Report on vaccination in the Province of Bengal - 1874-1889
Year: 1874
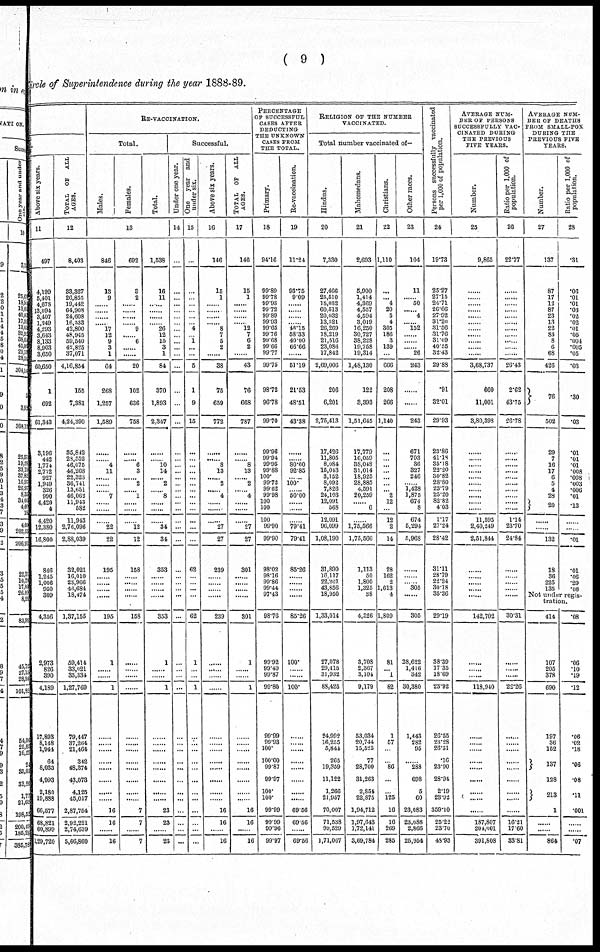
( 9 )
Circle of Superintendence during the year 1888-89.
Above six years.
11
497
4,199
5,401
4,678
13,094
3,407
1,249
4,293
3,643
8,133
8,903
3,650
60,650
1
692
61,343
3,196
442
1,774
2,772
927
1,949
326
990
4,420
4
4,420
12,380
16,800
846
1,245
1,006
950
309
4,356
2,973
826
390
4,189
17,893
8,148
1,941
64
8,033
4,993
2,180
19,888
66,577
68,821
60,899
1,29,720
TOTAL OF ALL
AGES.
12
8,403
33,327
26,855
19,442
64,908
24,608
16,533
42,800
48,945
59,540
42,825
37,071
4,16,854
155
7,381
4,24,390
35,842
28,552
46,075
46,268
22,323
36,741
13,651
46,062
11,943
582
11,943
2,76,096
2,88,039
32,021
16,010
23,966
46,684
18,474
1,37,155
59,414
33,021
35,334
1,27,769
79,447
37,264
21,464
342
48,374
43,073
4,125
45,017
2,87,754
2,92,221
2,74,639
5,66,860
RE-VACCINATION.
Total.
Males.
Females.
Total.
13
846
13
9
......
......
......
...... 17
12
9
3
1
64
268
1,257
1,589
......
...... 4
11
......
......
...... 7
......
......
......
22
22
195
......
......
......
......
195
1
......
......
1
......
......
......
......
......
......
......
......
16
16
......
16
692
3
2
......
......
......
...... 9
... 6
......
......
20
102
636
758
......
...... 6
3
...... 2
...... 1
......
......
......
12
12
158
......
......
......
......
158
......
......
......
......
......
......
......
......
......
......
......
......
7
7
......
7
1,538
16
11
...
...
...
... 26
12
15
3
1
84
370
1,893
2,347
......
...... 10
14
...... 2
...... 8
......
......
......
34
34
353
......
......
......
......
353
1
......
......
1
......
......
......
......
......
......
......
......
23
23
......
23
Successful.
Under one year.
14
...
...
...
...
...
...
...
...
...
...
...
...
...
...
...
...
...
...
...
...
...
...
...
...
...
...
...
...
...
...
...
...
...
...
...
...
...
...
...
...
...
...
...
...
...
...
...
...
...
...
...
One year and
under six.
15
...
...
...
...
...
...
... 4
... 1
...
...
6
1
9
15
...
...
...
...
...
...
... ...
...
...
...
...
...
62
...
...
...
...
62
1
...
...
1
...
...
...
...
...
...
...
...
...
...
...
...
Above six years.
16
146
15
1
......
......
......
...... 8
7
5
2
......
38
75
659
772
......
...... 8
13
...... 2
...... 4
......
......
......
27
27
239
......
......
......
......
239
......
......
......
......
......
......
......
......
......
......
......
......
16
16
......
16
TOTAL OP ALL
AGES.
17
146
15
1
......
......
......
...... 12
7
6
2
......
43
76
668
787
......
...... 8
13
...... 2
...... 4
......
......
......
27
27
301
......
......
......
......
301
1
......
......
1
......
......
......
......
......
......
......
......
16
16
......
16
PERCENTAGE
OF SUCCESSFUL
CASES AFTER
DEDUCTING
THE UNKNOWN
CASES FROM
THE TOTAL.
Primary.
18
94.16
99.89
99.78
99.93
99.72
99.89
99.93
99.65
99.76
99.68
99.66
99.77
99.75
98.72
96.78
99.70
99.96
99.94
99.95
99.88
100.
99.72
99.62
99.98
100
100
100
99.90
99.90
98.02
98.16
99.86
99.44
97.43
98.76
99.92
99.49
99.87
99.80
99.99
90.93
100.
100.00
99.87
99.97
100.
100.
99.99
99.99
99.96
99.97
Re-vaccination.
19
11.24
93.75
9.09
......
......
......
...... 46.15
58.33
40.00
66.66
......
51.19
21.53
48.51
43.38
......
...... 80.00
92.85
...... 100.
...... 50.00
......
......
......
79.41
79.41
85.26
......
......
......
......
85.26
100.
......
......
100.
......
......
......
......
......
......
......
......
69.56
69.56
......
69.56
RELIGION OF THE NUMBER
VACCINATED.
Total number vaccinated of—
Hindus.
20
7,330
27,466
25,510
15,032
60,513
20,032
13,521
26,269
18,219
21,516
23,086
17,842
2,69,006
206
6,201
2,75,413
17,426
11,805
8,084
15,043
3,152
8,092
7,826
24,103
12,091
568
12,091
96,099
1,08,190
31,890
16,117
22,201
43,856
18,950
1,33,014
27,078
29,415
31,932
88,425
24,992
16,255
5,844
265
19,359
11,122
1,266
21,957
70,007
71,538
99,529
1,71,067
Mahomedans.
21
2,693
5,900
1,414
4,369
4,557
4,594
3,019
16,250
30,727
38,228
19,758
19,314
1,48,130
122
3,393
1,51,645
17,779
16,059
38,048
31,014
18,925
28,885
4,591
20,259
...... 6
......
1,75,566
1,75,566
1,113
50
1,800
1,325
38
4,326
8,708
2,367
3,104
9,179
53,084
20,744
15,525
77
28,700
31,263
2,851
22,875
1,94,712
1,97,643
1,72,141
3,69,784
Christians.
22
1,110
...
... 4
20
5
4
305
186
3
139
...
666
208
266
1,140
...
...
...
...
...
...
... 2
12
...
12
2
14
28
162
2
1,613
4
1,809
81
... 1
82
1
57
...
...
86
...
...
125
16
16
269
285
Other races.
23
104
11
...... 50
...... 4
...... 152
......
......
...... 26
243
......
......
243
671
703
36
327
246
...... 1,428
1,875
674
8
674
5,294
5,968
......
......
...... 305
......
305
28,622
1,416
342
30,380
1,443
282
95
......
288
698
5
60
23,083
23,088
2,866
25,954
Persons successfully vaccinated
per 1,000 of population.
24
19.73
25.27
27.15
24.71
26.66
27.92
31.20
31.56
31.76
31.09
40.55
32.43
29.88
.91
32.01
29.93
23.86
41.18
35.18
22.20
30.82
28.80
23.79
25.20
82.82
4.03
1.17
27.24
28.42
31.11
28.79
22.24
30.18
35.36
29.19
38.39
17.35
18.69
23.92
26.55
23.28
26.31
.16
23.90
28.94
2.19
23.92
359.10
25.22
23.70
48.93
AVERAGE NUM¬
BER OF PERSONS
SUCCESSFULLY VAC-
CINATED DURING
THE PREVIOUS
FIVE YEARS.
Number.
25
9,865
......
......
......
......
......
......
......
......
......
......
......
3,68,737
660
11,001
3,80,898
......
......
......
......
......
......
......
......
......
......
11,595
2,40,249
2,51,844
......
......
......
...... ......
142,702
......
......
......
118,940
......
......
......
......
......
......
......
......
......
187,807
204,901
391,808
Ratio per 1,000 of
population.
26
22.77
......
......
......
......
......
......
......
......
......
......
......
26.43
2.62
43.75
26.78
......
......
......
......
......
......
......
......
......
......
1.14
23.70
24.84
......
......
......
......
......
30.31
......
......
......
23.26
......
......
......
......
......
......
......
......
......
16.21
17.60
33.81
AVERAGE NUM-
BER OF DEATHS
FROM SMALL-POX
DURING THE
PREVIOUS FIVE
YEARS.
Number.
27
137
87
17
12
87
23
13
22
83
8
6
68
426
76
502
29
7
16
17
6
5
4
28
20
......
......
132
18
36
225
135
Ratio per 1,000 of
population.
28
.31
.06
.01
.01
.03
.02
.02
.01
.05
.004
.005
.05
.03
.30
.03
.01
.01
.01
.008
.008
.003
.006
.01
.13
......
......
.01
.01
.06
.20
.08
Not under regis-
tration.
414
107
205
378
690
197
36
152
137
128
213
1
......
......
864
.08
.06
.10
.19
.12
.06
.02
.18
.06
.08
.11
.001
......
......
.07